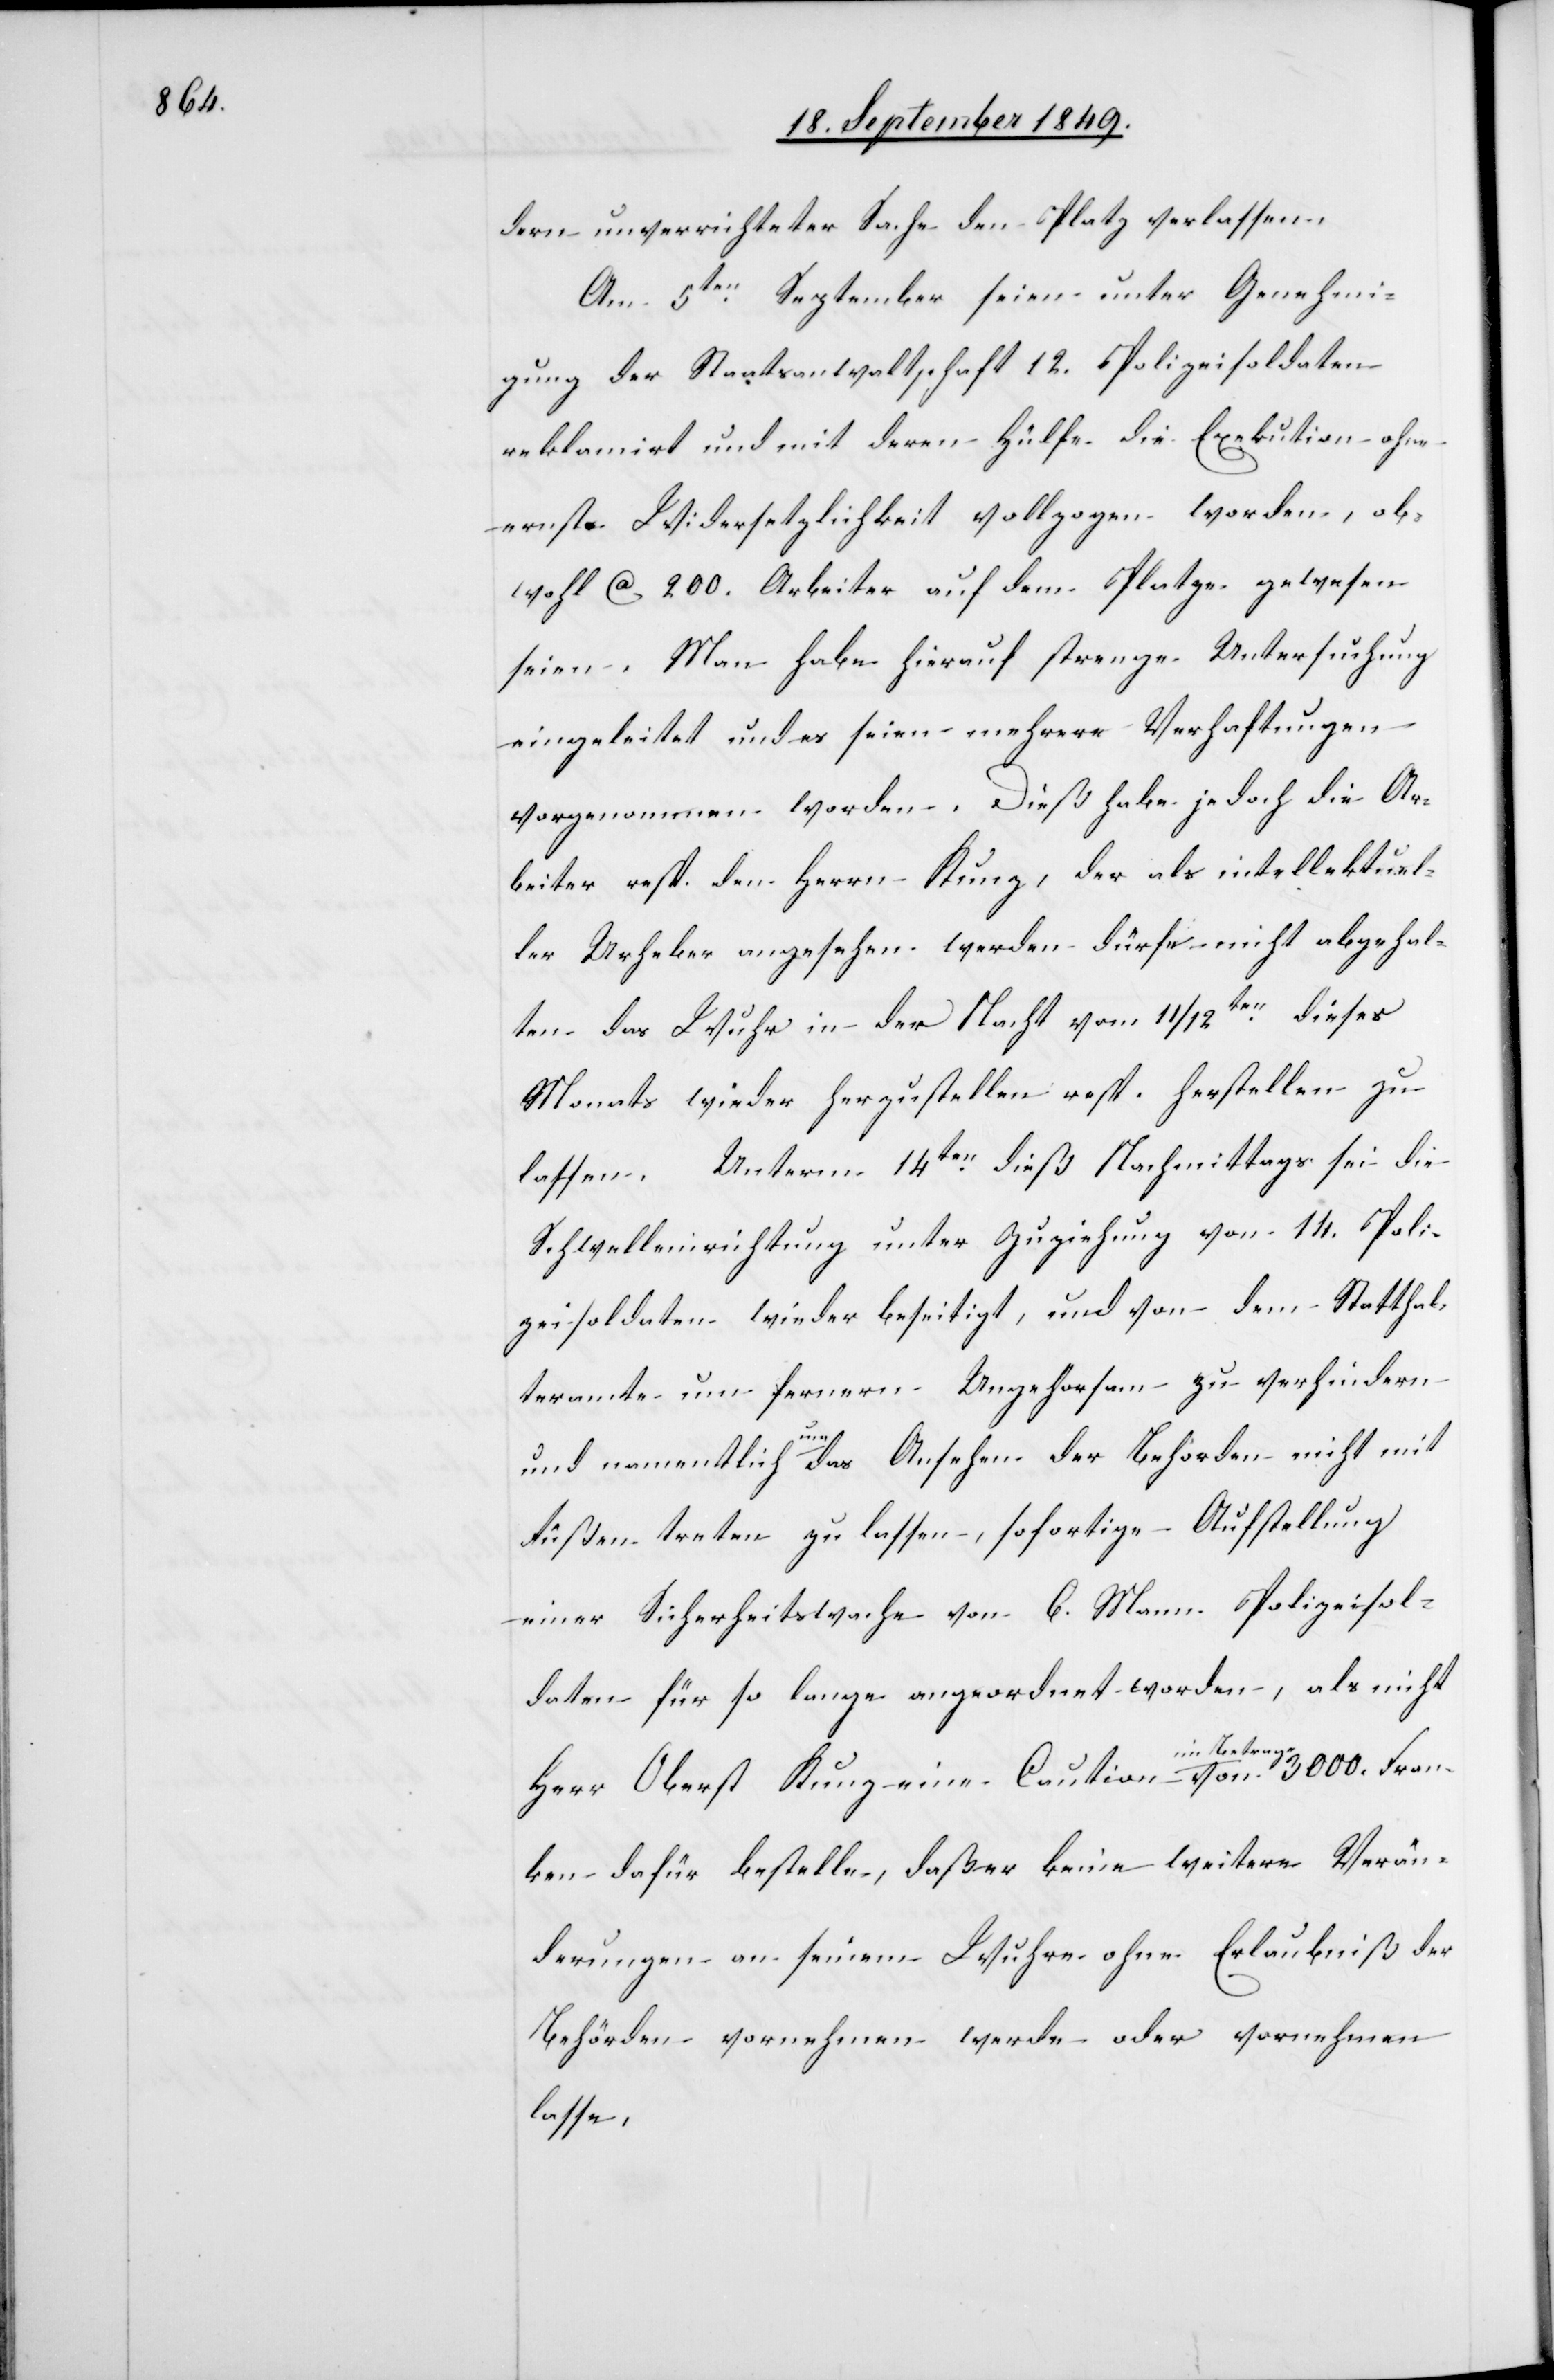
dern unverrichteter Sache den Platz verlassen.
Am 5ten September seien unter Genehmi¬
gung der Staatsanwaltschaft 12. Polizeisoldaten
reklamirt und mit deren Hülfe die Exekution ohne
ernste Widersetzlichkeit vollzogen worden, ob¬
wohl ca 200. Arbeiter auf dem Platze gewesen
seien. Man habe hierauf strenge Untersuchung
eingeleitet und es seien mehrere Verhaftungen
vorgenommen worden. Dieß habe jedoch die Ar¬
beiter resp. den Herrn Kunz, der als intellektuel¬
ler Urheber angesehen werden dürfe nicht abgehal¬
ten das Wuhr in der Nacht vom 11/12ten dieses
Monats wieder herzustellen resp. herstellen zu
lassen. Unterm 14ten dieß Nachmittags sei die
Schwelleneinrichtung unter Zuziehung von 14. Poli¬
zeisoldaten wieder beseitigt, und von dem Statthal¬
teramte um fernern Ungehorsam zu verhindern
und namentlich um das Ansehen der Behörden nicht mit
Füßen treten zu lassen, sofortige Aufstellung
einer Sicherheitswache von 6. Mann Polizeisol¬
daten für so lange angeordnet worden, als nicht
Herr Oberst Kunz eine Caution im Betrage von 3000. Fran¬
ken dafür herstelle, daß er keine weitere Verän¬
derungen an seinem Wuhre ohne Erlaubniß der
Behörden vornehmen werde oder vornehmen
lasse.